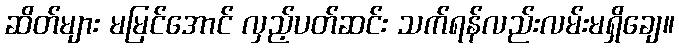
ဆိတ်များ မမြင်အောင် လှည့်ပတ်ဆင်း သက်ရန်လည်းလမ်းမရှိချေ။